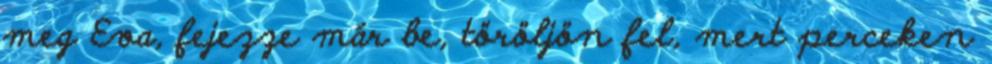
meg Eva, fejezze már be, töröljön fel, mert perceken